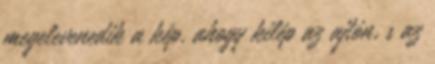
megelevenedik a kép, ahogy kilép az ajtón, s az